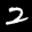
Label: 2